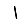
Digit: 1